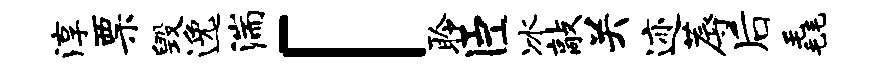
淳票毁逸湍「聆臣冰敲关迹蓐后毳